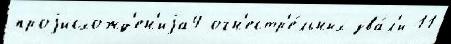
проjисхожд'ен'иjа4 огн'естр'е́льных зва́л'и 11